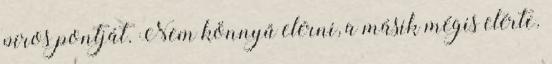
piros pontját. Nem könnyű elérni, a másik mégis elérte.